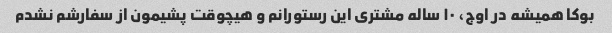
بوکا همیشه در اوج، ۱۰ ساله مشتری این رستورانم و هیچوقت پشیمون از سفارشم نشدم